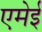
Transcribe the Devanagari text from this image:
एमेई